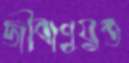
জীবাণুযুক্ত